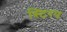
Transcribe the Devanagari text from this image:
स्टिरप